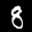
Label: 8